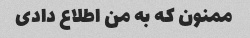
ممنون که به من اطلاع دادی